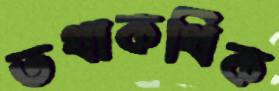
তথাকথিক